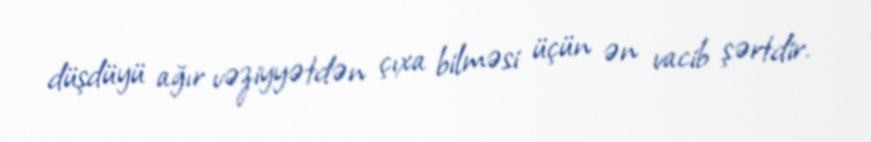
düşdüyü ağır vəziyyətdən çıxa bilməsi üçün ən vacib şərtdir.